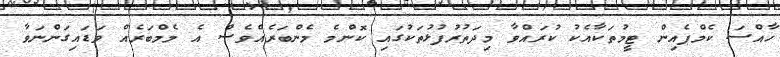
ހާއްސަ ކެމްޕެއިން ޓީމުތަކާއެކު ކުރައްވާ މިދަތުރުފުޅުތަކުގައި ކޮންމެ މެންބަރެއްވެސް އެ މެމްބަރެއް ވަޑައިގަންނަވާ